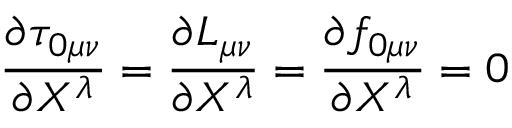
\frac { \partial \tau _ { 0 \mu \nu } } { \partial X ^ { \lambda } } = \frac { \partial L _ { \mu \nu } } { \partial X ^ { \lambda } } = \frac { \partial f _ { 0 \mu \nu } } { \partial X ^ { \lambda } } = 0